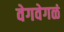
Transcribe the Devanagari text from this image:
वेगवेगळं